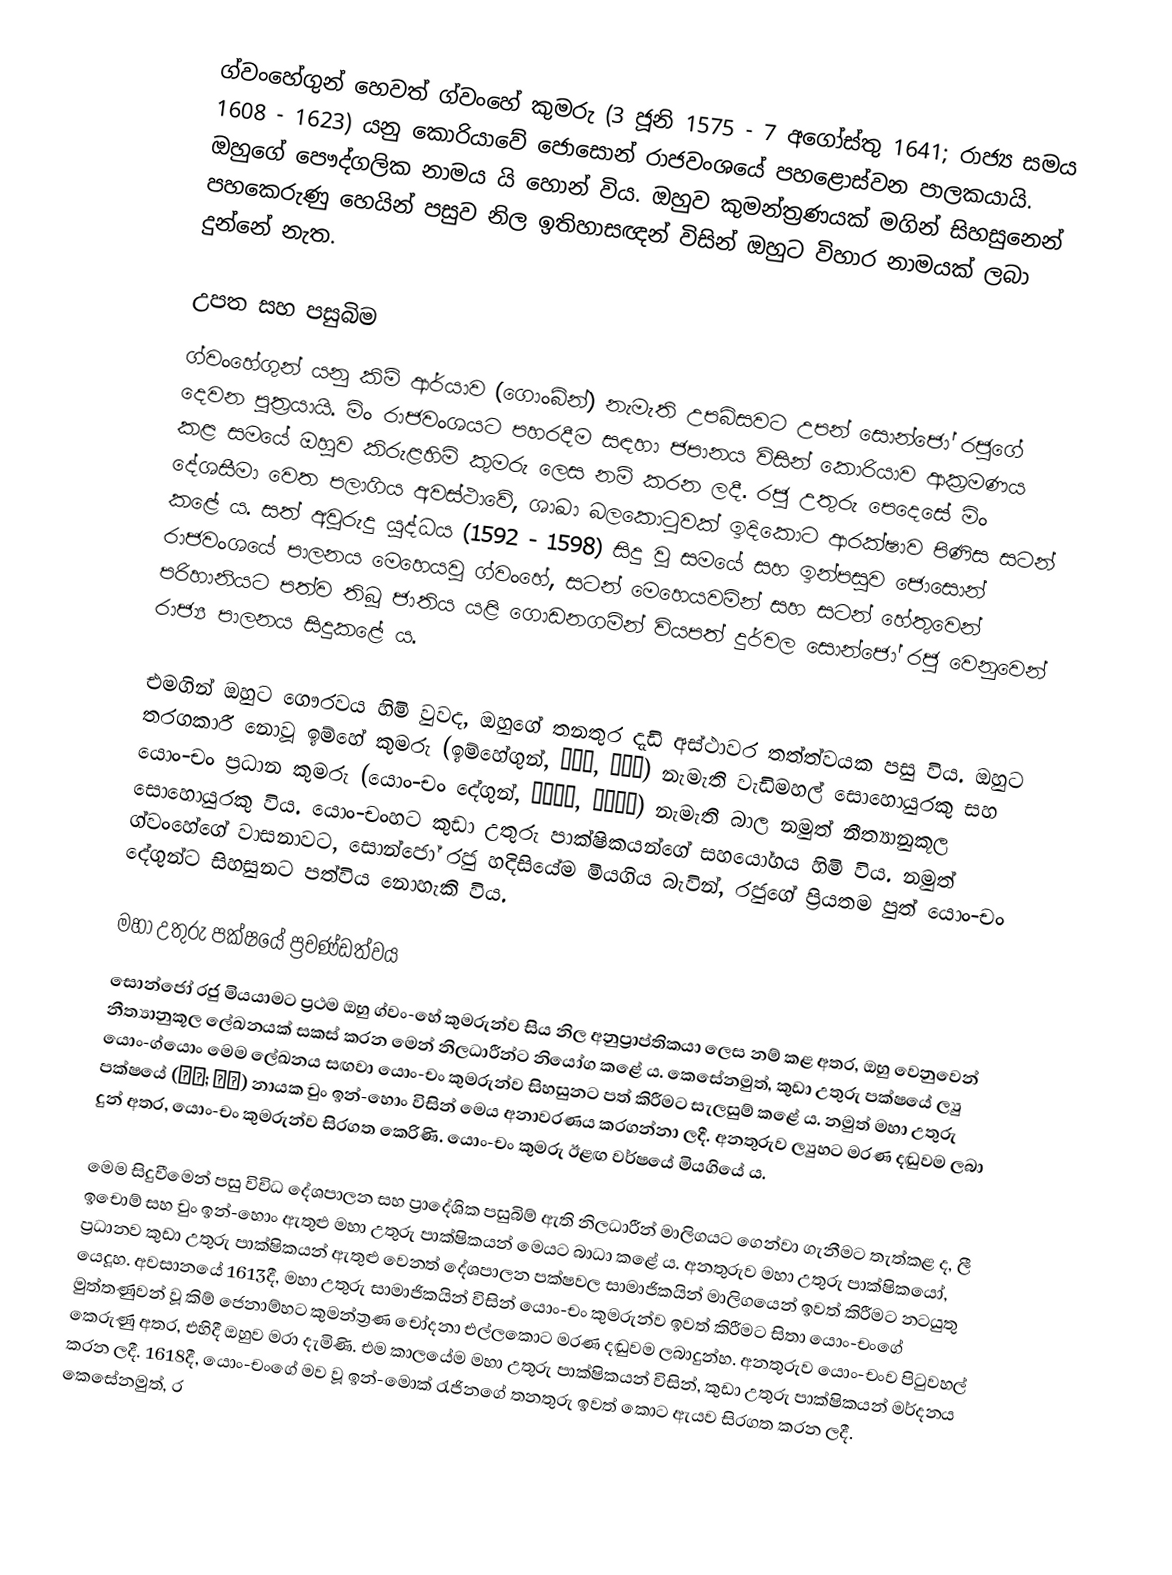
ග්වංහේගුන් හෙවත් ග්වංහේ කුමරු (3 ජූනි 1575 - 7 අගෝස්තු 1641; රාජ්‍ය සමය 1608 - 1623) යනු කොරියාවේ ජොසොන් රාජවංශයේ පහළොස්වන පාලකයායි‍. ඔහුගේ පෞද්ගලික නාමය යි හොන් විය. ඔහුව කුමන්ත්‍රණයක් මගින් සිහසුනෙන් පහකෙරුණු හෙයින් පසුව නිල ඉතිහාසඥන් විසින් ඔහුට විහාර නාමයක් ලබා දුන්නේ නැත.

උපත සහ පසුබිම
ග්වංහේගුන් යනු කිම් ආර්යාව (ගොංබින්) නැමැති උපබිසවට උපන් සොන්ජෝ රජුගේ දෙවන පුත්‍රයායි. මිං රාජවංශයට පහරදීම සඳහා ජපානය විසින් කොරියාව ආක්‍රමණය කළ සමයේ ඔහුව කිරුළහිමි කුමරු ලෙස නම් කරන ලදී. රජු උතුරු පෙදෙසේ මිං දේශසීමා වෙත පලාගිය අවස්ථාවේ, ශාඛා බලකොටුවක් ඉදිකොට ආරක්ෂාව පිණිස සටන් කළේ ය. සත් අවුරුදු යුද්ධය (1592 - 1598) සිදු වූ සමයේ සහ ඉන්පසුව ජොසොන් රාජවංශයේ පාලනය මෙහෙයවූ ග්වංහේ, සටන් මෙහෙයවමින් සහ සටන් හේතුවෙන් පරිහානියට පත්ව තිබූ ජාතිය යළි ගොඩනගමින් වියපත් දුර්වල සොන්ජෝ රජු වෙනුවෙන් රාජ්‍ය පාලනය සිදුකළේ ය.

එමගින් ඔහුට ගෞරවය හිමි වුවද, ඔහුගේ තනතුර දැඩි අස්ථාවර තත්ත්වයක පසු විය. ඔහුට තරගකාරී නොවූ ඉම්හේ කුමරු (ඉම්හේගුන්, 임해군, 臨海君) නැමැති වැඩිමහල් සොහොයුරකු සහ යොං-චං ප්‍රධාන කුමරු (යොං-චං දේගුන්, 영창대군, 永昌大君) නැමැති බාල නමුත් නීත්‍යානුකූල සොහොයුරකු විය. යොං-චංහට කුඩා උතුරු පාක්ෂිකයන්ගේ සහයෝගය හිමි විය. නමුත් ග්වංහේගේ වාසනාවට, සොන්ජෝ රජු හදිසියේම මියගිය බැවින්, රජුගේ ප්‍රියතම පුත් යොං-චං දේගුන්ට සිහසුනට පත්විය නොහැකි විය.

මහා උතුරු පක්ෂයේ ප්‍රචණ්ඩත්වය
සොන්ජෝ රජු මියයාමට ප්‍රථම ඔහු ග්වං-හේ කුමරුන්ව සිය නිල අනුප්‍රාප්තිකයා ලෙස නම් කළ අතර, ඔහු වෙනුවෙන් නීත්‍යානුකූල ලේඛනයක් සකස් කරන මෙන් නිලධාරීන්ට නියෝග කළේ ය. කෙසේනමුත්, කුඩා උතුරු පක්ෂයේ ල්‍යු යොං-‍ග්යොං මෙම ලේඛනය සඟවා යොං-චං කුමරුන්ව සිහසුනට පත් කිරීමට සැලසුම් කළේ ය. නමුත් මහා උතුරු පක්ෂයේ (대북; 大北) නායක චුං ඉන්-හොං විසින් මෙය අනාවරණය කරගන්නා ලදී. අනතුරුව ල්‍යුහට මරණ දඬුවම ලබා දුන් අතර, යොං-චං කුමරුන්ව සිරගත කෙරිණි. යොං-චං කුමරු ඊළඟ වර්ෂයේ මියගියේ ය.

මෙම සිදුවීමෙන් පසු විවිධ දේශපාලන සහ ප්‍රාදේශික පසුබිම් ඇති නිලධාරීන් මාලිගයට ගෙන්වා ගැනීමට තැත්කළ ද, ලී ඉචොම් සහ චුං ඉන්-හොං ඇතුළු මහා උතුරු පාක්ෂිකයන් මෙයට බාධා කළේ ය. අනතුරුව මහා උතුරු පාක්ෂිකයෝ, ප්‍රධානව කුඩා උතුරු පාක්ෂිකයන් ඇතුළු වෙනත් දේශපාලන පක්ෂවල සාමාජිකයින් මාලිගයෙන් ඉවත් කිරීමට නටයුතු යෙදූහ. අවසානයේ 1613දී, මහා උතුරු සාමාජිකයින් විසින් යොං-චං කුමරුන්ව ඉවත් කිරීමට සිතා යොං-චංගේ මුත්තණුවන් වූ කිම් ජෙනාම්හට කුමන්ත්‍රණ චෝදනා එල්ලකොට මරණ දඬුවම ලබාදුන්හ. අනතුරුව යොං-චංව පිටුවහල් කෙරුණු අතර, එහිදී ඔහුව මරා දැමිණි. එම කාලයේම මහා උතුරු පාක්ෂිකයන් විසින්, කුඩා උතුරු පාක්ෂිකයන් මර්දනය කරන ලදී. 1618දී, යොං-චංගේ මව වූ ඉන්-මොක් රැජිනගේ තනතුරු ඉවත් කොට ඇයව සිරගත කරන ලදී. කෙසේනමුත්, ර